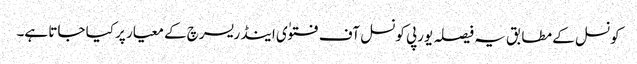
کونسل کے مطابق یہ فیصلہ یورپی کونسل آف فتوٰی اینڈ ریسرچ کے معیار پر کیا جاتا ہے۔